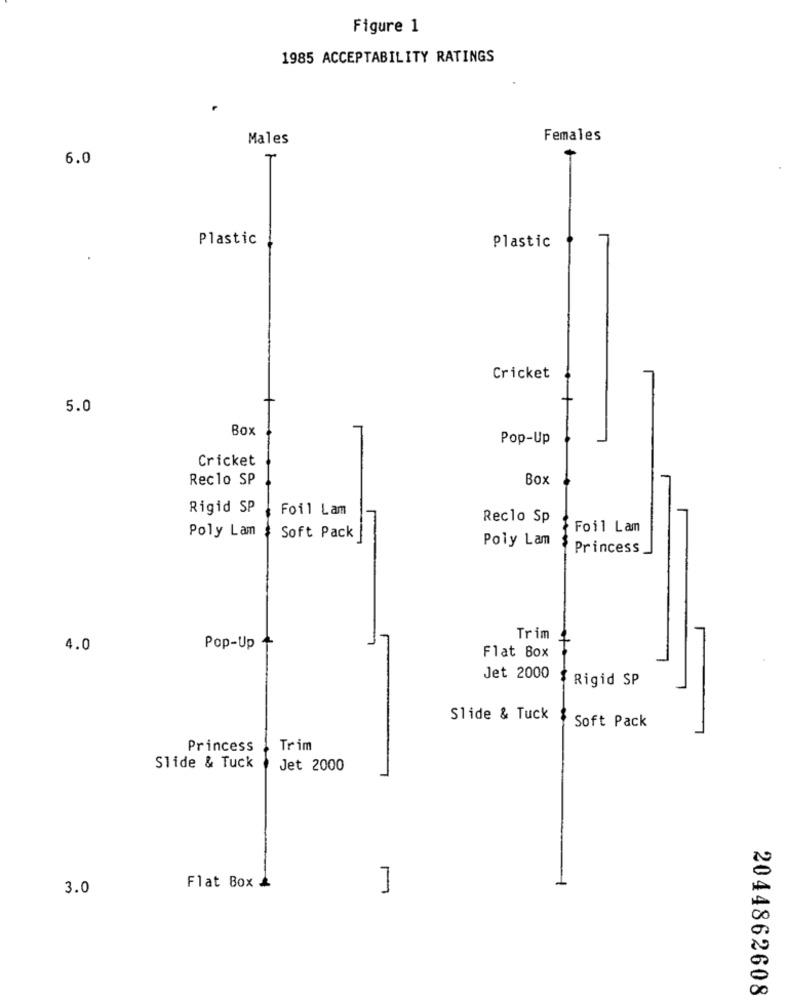
Figure 1
1985 ACCEPTABILITY RATINGS
Males
Females
6.0
Plastic
Plastic
Cricket
5.0
Box
Pop-Up
Cricket
Reclo SP
Box
Rigid SP
Foil Lam
Reclo Sp
Foil Lam
Poly Lam
Soft Pack
Poly Lam
Princess
Trim
4.0
Pop-Up
Flat Box
Jet 2000
Rigid SP
Slide & Tuck
Soft Pack
Princess
Trim
Slide & Tuck
Jet 2000
3.0
Flat Box &
2044862608